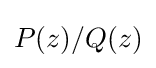
P(z)/Q(z)